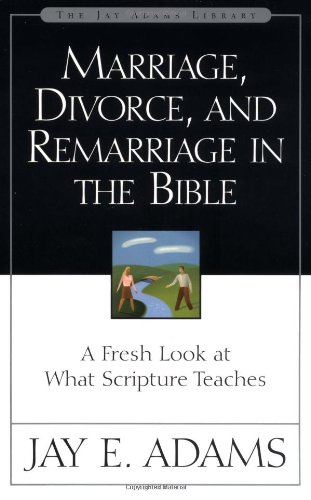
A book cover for Marriage, Divorce, and Remarriage in the Bible; Jay E. Adams; Christian Books & Bibles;